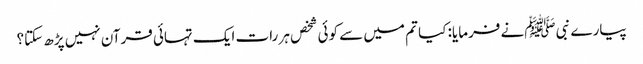
پیارے نبی ﷺنے فرمایا: کیا تم میں سے کوئی شخص ہر رات ایک تہائی قرآن نہیں پڑھ سکتا؟